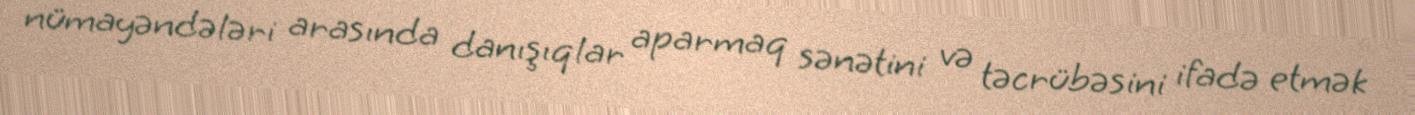
nümayəndələri arasında danışıqlar aparmaq sənətini və təcrübəsini ifadə etmək